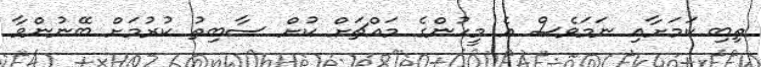
ތިބި ކަމަށާއި ނަމަވެސް އެ މީހުންގެ މައްޗަށް ކުށް ސާބިތު ކުރުމަށް ބޭނުންވާ